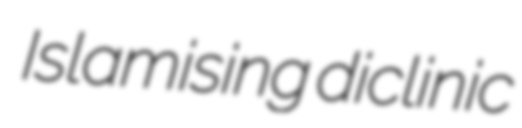
Islamising diclinic